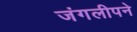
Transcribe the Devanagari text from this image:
जंगलीपने